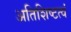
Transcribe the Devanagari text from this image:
अतिशिष्टत्वं